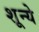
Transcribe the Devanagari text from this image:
शून्ये